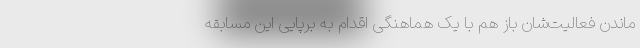
ماندن فعالیت‌شان باز هم با یک هماهنگی اقدام به برپایی این مسابقه